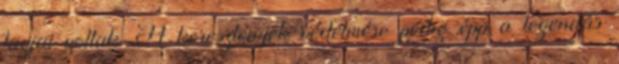
tagjai voltak. A keresztények védelmére pedig épp a legendás